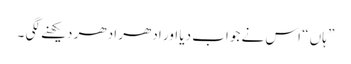
” ہاں “ اس نے جواب دیا اور ادھر ادھر دیکھنے لگی ۔